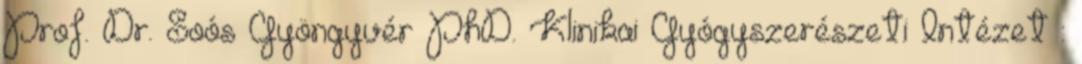
Prof. Dr. Soós Gyöngyvér PhD. Klinikai Gyógyszerészeti Intézet :